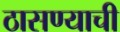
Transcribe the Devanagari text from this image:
ठासण्याची